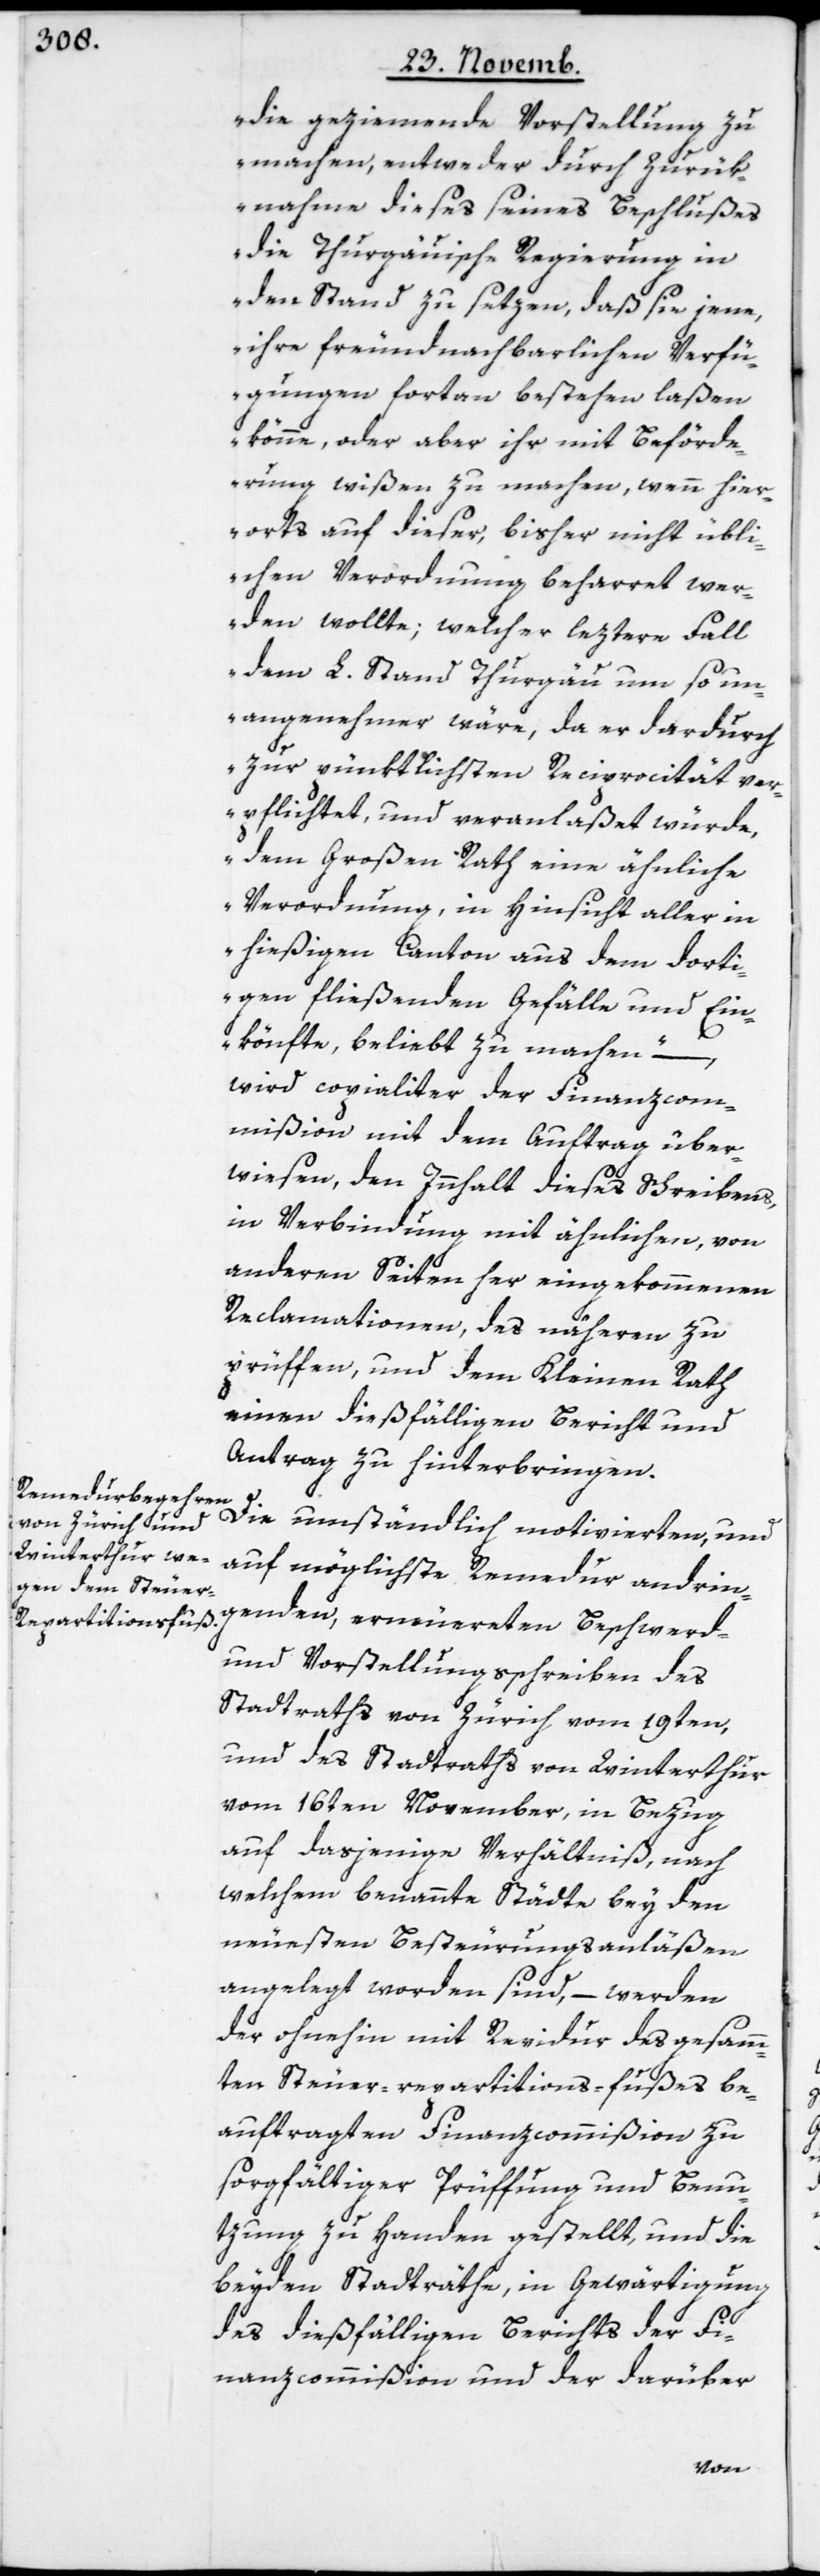
die geziemende Vorstellung zu
machen, entweder durch Zurük¬
nahme dieses seines Beschlußes
die Thurgäuische Regierung in
den Stand zu setzen, daß sie jene,
ihre freundnachbarlichen Verfü¬
gungen fortan bestehen laßen
könne, oder aber ihr mit Beförde¬
rung wißen zu machen, wenn hier¬
orts auf dieser, bisher nicht übli¬
chen Verordnung beharret wer¬
den wollte; welcher leztere Fall
dem L. Stand Thurgäu um so un¬
angenehmer wäre, da er dardurch
zur pünktlichsten Reciprocität ver¬
pflichtet, und veranlaßet würde,
dem Großen Rath eine ähnliche
Verordnung, in Hinsicht aller in
hießigen Canton aus dem dorti¬
gen fließenden Gefälle und Ein¬
könfte, beliebt zu machen“, –
wird copialiter der Finanzcom¬
mißion mit dem Auftrag über¬
wiesen, den Innhalt dieses Schreibens,
in Verbindung mit ähnlichen, von
anderen Seiten her eingekommenen
Reclamationen, des näheren zu
prüffen, und dem Kleinen Rath
einen dießfälligen Bericht und
Antrag zu hinterbringen.
Die umständlich motivierten, und
genden, erneuerten Beschwerd-
und Vorstellungsschreiben des
Stadtraths von Zürich vom 19ten,
und des Stadtraths von Winterthur
vom 16ten November, in Bezug
auf dasjenige Verhältniß, nach
welchem benannte Städte bey den
neuesten Besteurungsanläßen
angelegt worden sind, – werden
der ohnehin mit Revidur des gesam¬
ten Steuer-Repartitions-fußes be¬
auftragten Finanzcommißion zu
sorgfältiger Prüffung und Benu¬
tzung zu Handen gestellt, und die
beyden Stadträthe, in Gewärtigung
des dießfälligen Berichts der Fi¬
nanzcommißion und der darüber
andrin¬